Tartu_linnavalitsus, lk 7
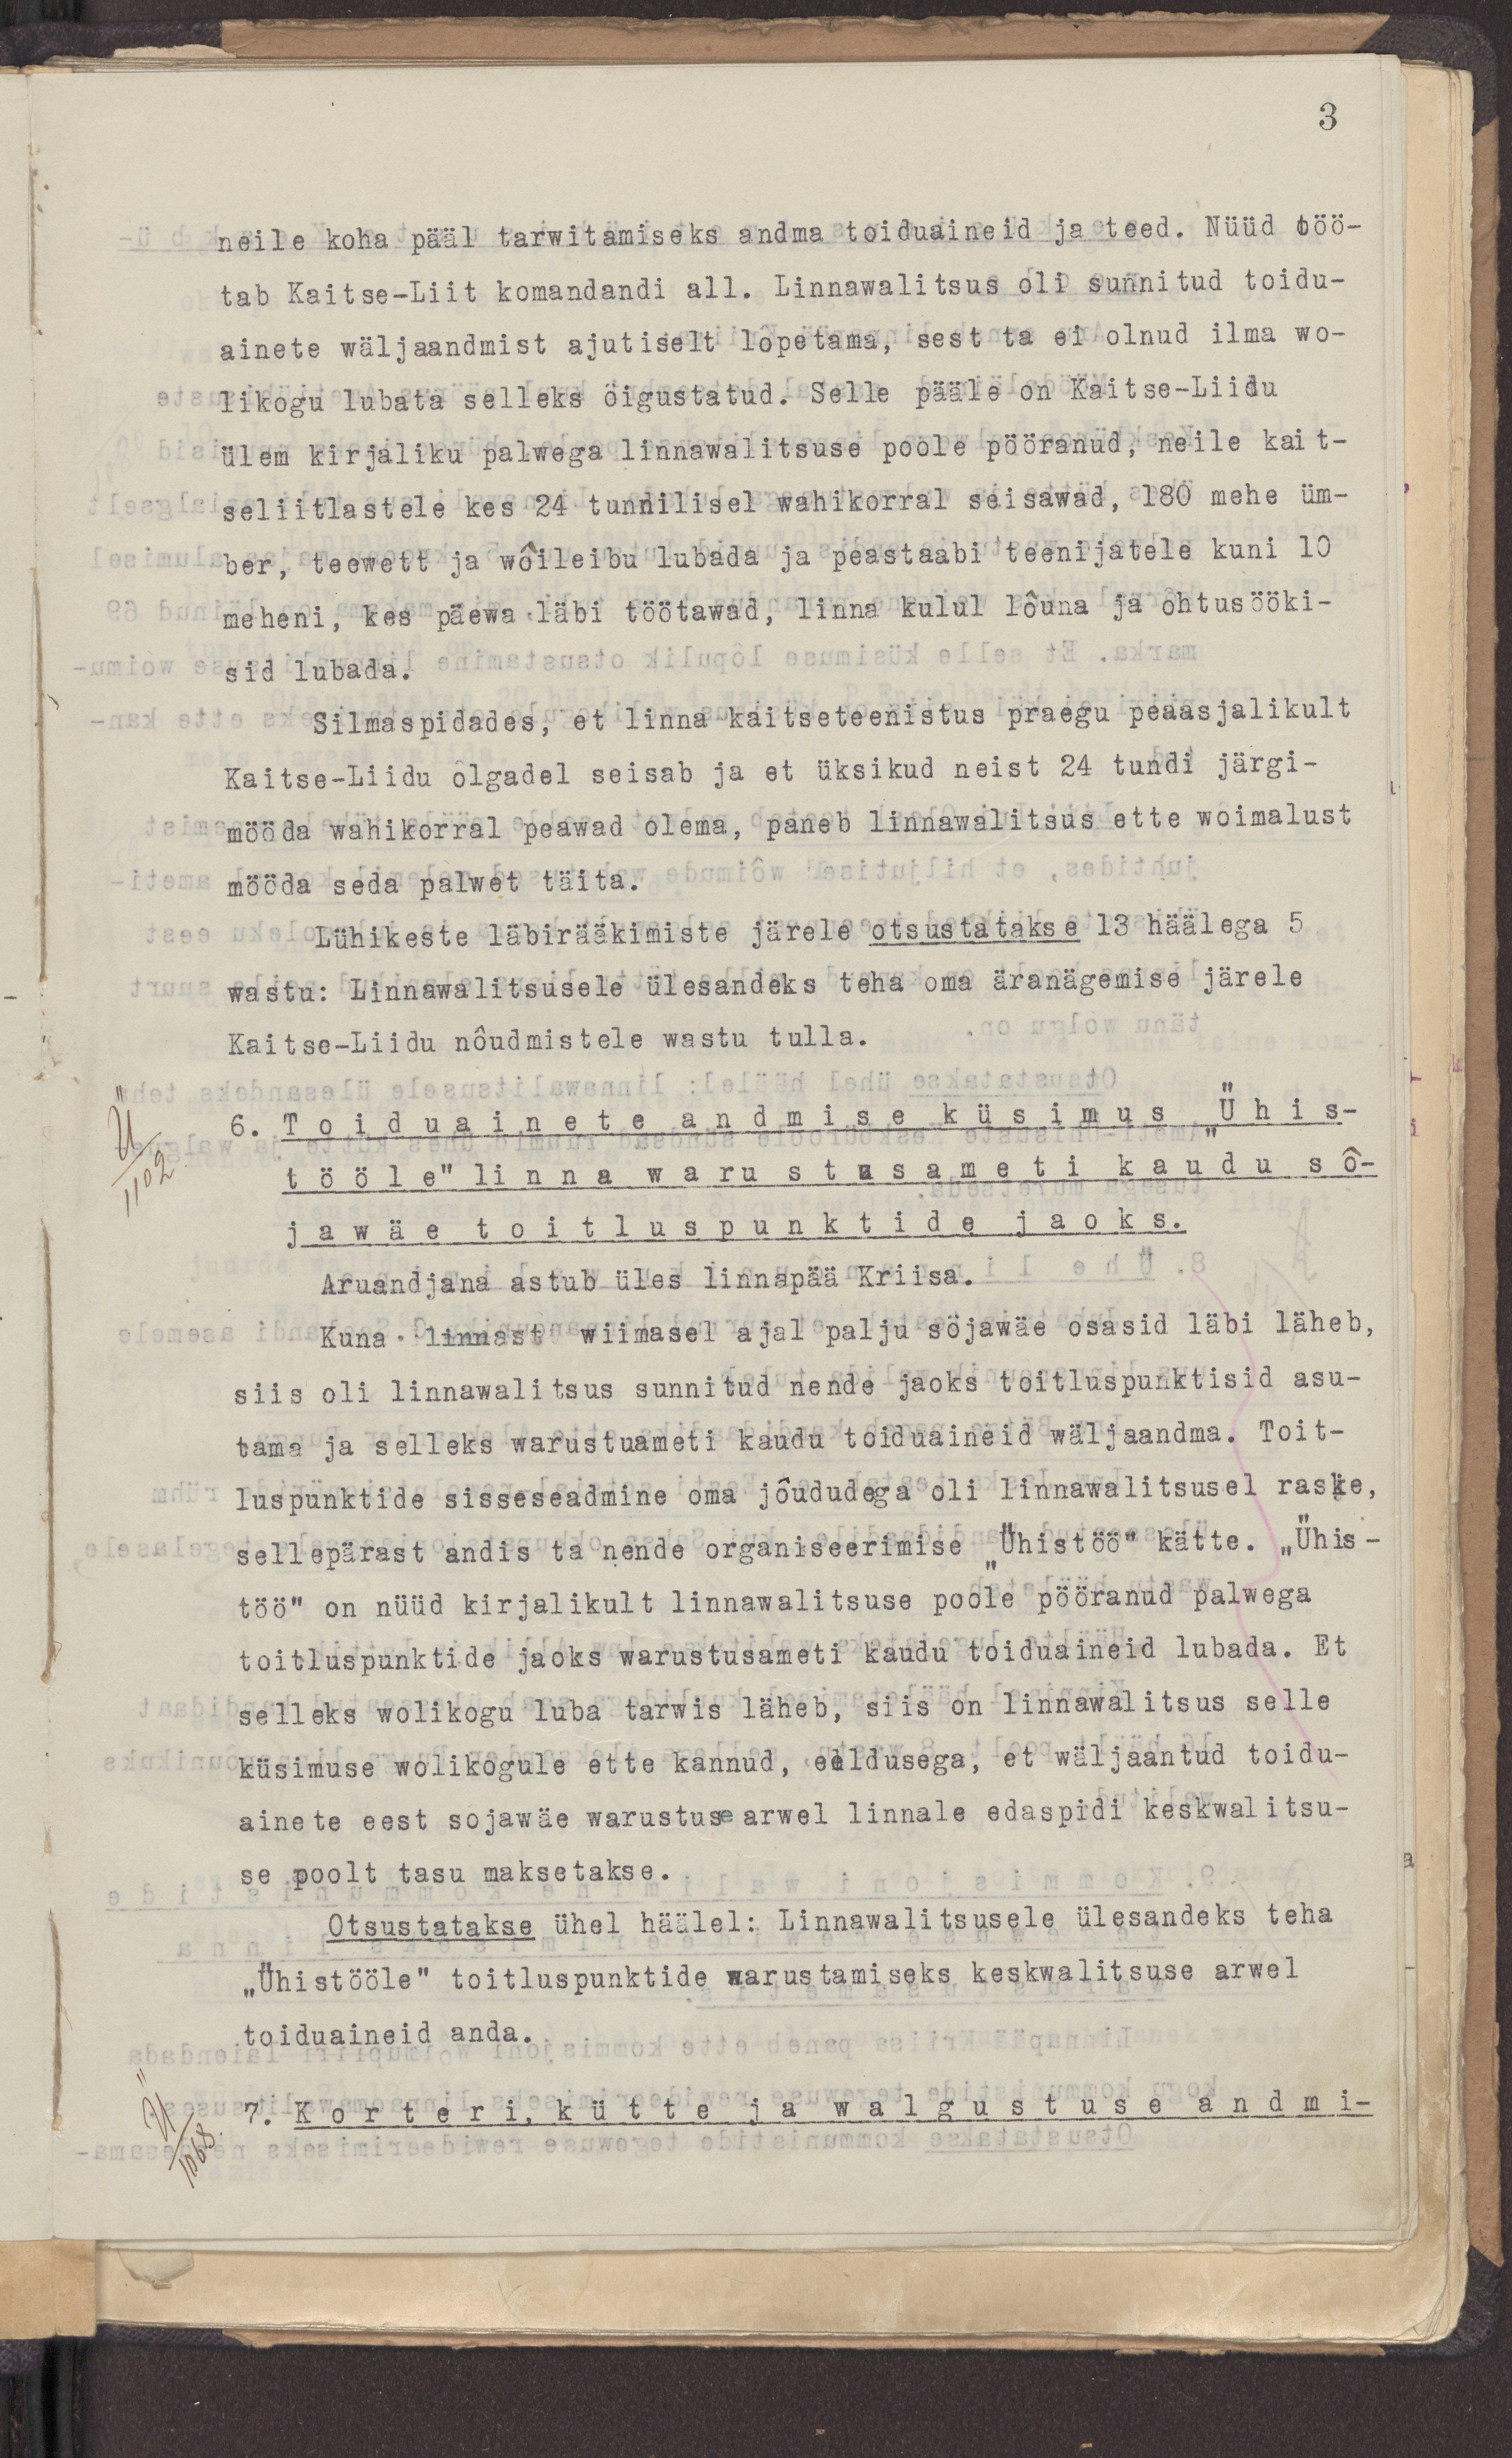
3
neile koha pääl tarwitamiseks andma toiduaineid ja teed. Nüüd töö-
tab Kaitse-Liit komandandi all. Linnawalitsus oli sunnitud toidu-
ainete wäljaandmist ajutiselt lõpetama, sest ta ei olndud ilma wo-
likogu lubata selleks õigustatud. Selle pääle on Kaitse-Liidu
ülem kirjaliku palwega linnawalitsuse poole pöördunud, neile kait-
seliitlastele kes 24 tunnilisel wahikorral seisawad, 180 mehe üm-
ber, teewett ja wõileibu lubada ja peastaabi teenijatele kuni 10
meheni, kes päewa läbi töötawad, linna kulul lõuna ja õhtusööki-
sid lubada.
Silmaspidades, et linna kaitseteenistus praegu peaasjalikult
Kaitse-Liidu õlgadel seisab ja et üksikud neist 24 tundi järgi-
mööda wahikorral peawad olema, paneb linnawalitsus ette wõimalust
mööda seda palwet täita
Lühikeste läbirääkimiste järele otsustatakse 13 häälega 5
wastu: Linnawalitsusele ülesandeks teha oma äranägemise järele
Kaitse-Liidu nõudmistele wastu tulla.
6. Toiduainete andmise küsimus „Ühis-
tööle“ linna warustusameti kaudu sõ-
jawäe toitluspunktide jaoks.
Aruandjana astub üles linnapää Kriisa.
Kuna linnast wiimasel ajal palju sõjawäe osasid läbi läheb,
siis oli linnawalitsus sunnitud nende jaoks toitluspunktisid asu-
tama ja selleks warustuameti kaudu toiduaineid wäljaandma. Toit-
luspunktide sisseseadmine oma jõududega oli linnawalitsusel raske,
sellepärast andis ta nende organiseerimise  „Ühistöö“ kätte.  „Ühis-
töö“ on nüüd kirjalikult linnawalitsuse poole pöördunud palwega
toitluspunktide jaoks warustusameti kaudu toiduaineid lubada. Et
selleks volikogu luba tarwis läheb, siis on linnawalitsus selle
küsimus wolikogule ette kannud, eeldusega, et wäljaantud toidu-
ainete eest sõjawäe warustuse arwel linnale edaspidi keskwalitsu-
se poolt tasu maksetakse.
Otsustatakse ühel häälel: Linnawalitsusele ülesandeks teha
 „Ühistööle“ toitluspunktide warustamiseks keskwalitsuse arwel
toiduaineid anda.
7. Korteri, kütte ja walgustuse andmi-